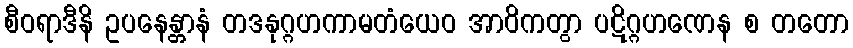
စီဝရာဒီနိ ဥပနေန္တာနံ တဒနုဂ္ဂဟကာမတံယေဝ အာဝိကတွာ ပဋိဂ္ဂဟဏေန စ တတော